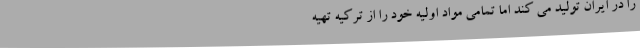
را در ایران تولید می کند اما تمامی مواد اولیه خود را از ترکیه تهیه